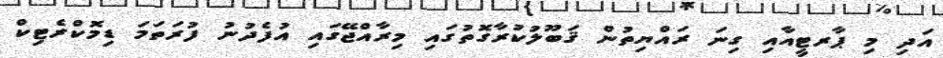
އަދި މި ޕާރޓީއާއި ގިނަ ރައްޔިތުން ޤަބޫލުކުރާގޮތުގައި މިރާއްޖޭގައި އުފެދުނު ފުރަތަމަ ޑިމޮކްރެޓިކް